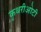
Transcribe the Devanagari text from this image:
कृथरीओटी